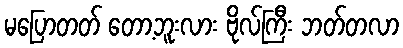
မပြောတတ် တော့ဘူးလား ဗိုလ်ကြီး ဘတ်တလာ